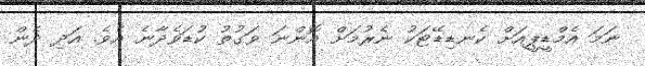
ނަމަ އެމްޑީޕީއަށް ކެނޑިޑޭޓަކު ނެރުމަށް އޮންނަ ވަގުތު ކުޑަވެދާނެ އެވެ. އަދި ދެން